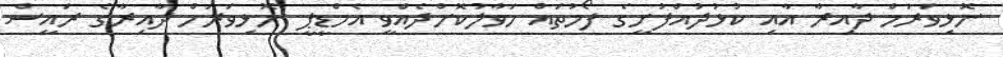
ނޮޅިވަރަމް ދާއިރާ އާއި ކުޅުދުއްފުށީގެ ފޯމުތައް ހަވާލުކޮށްދެއްވީ އެމްޑީޕީ ނޮޅިވަރަމް ދާއިރާގެ ރައީސް